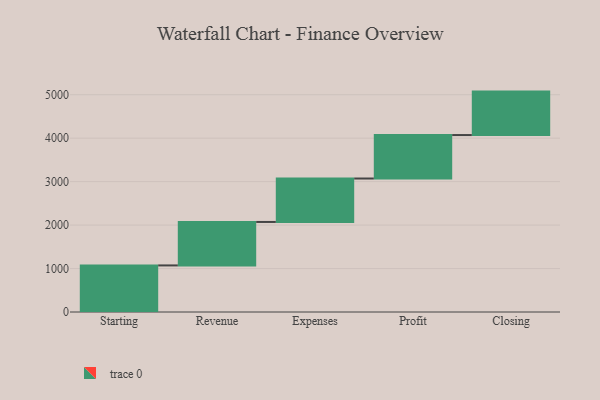
{"axis": {"x": "Step", "y": "Value"}, "legend": [""], "data": [{"x": "Starting", "y": 1072.0, "type": ""}, {"x": "Revenue", "y": 1000, "type": ""}, {"x": "Expenses", "y": 1000, "type": ""}, {"x": "Profit", "y": 1000, "type": ""}, {"x": "Closing", "y": 1000, "type": ""}]}